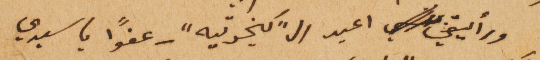
ورأيتني اعيد ال "كخوتيه" – عفواً يا سيدي